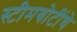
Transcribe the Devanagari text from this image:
स्टीमबोटींचे